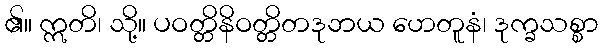
၏။ ဣတိ၊ သို့။ ပဝတ္တိနိဝတ္တိတဒုဘယ ဟေတူနံ၊ ဒုက္ခသစ္စာ